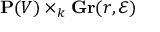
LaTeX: \mathbf { P } ( V ) \times _ { k } \mathbf { G r } ( r , { \mathcal { E } } )